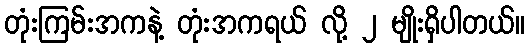
တုံးကြမ်းအကနဲ့ တုံးအကရယ် လို့ ၂ မျိုးရှိပါတယ်။